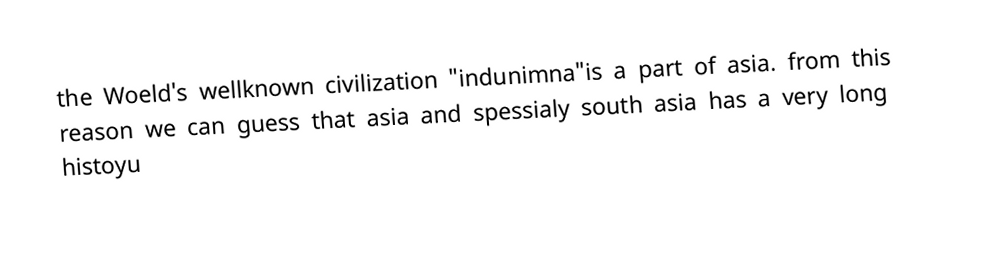
the Woeld's wellknown civilization "indunimna"is a part of asia. from this reason we can guess that asia and spessialy south asia has a very long histoyu